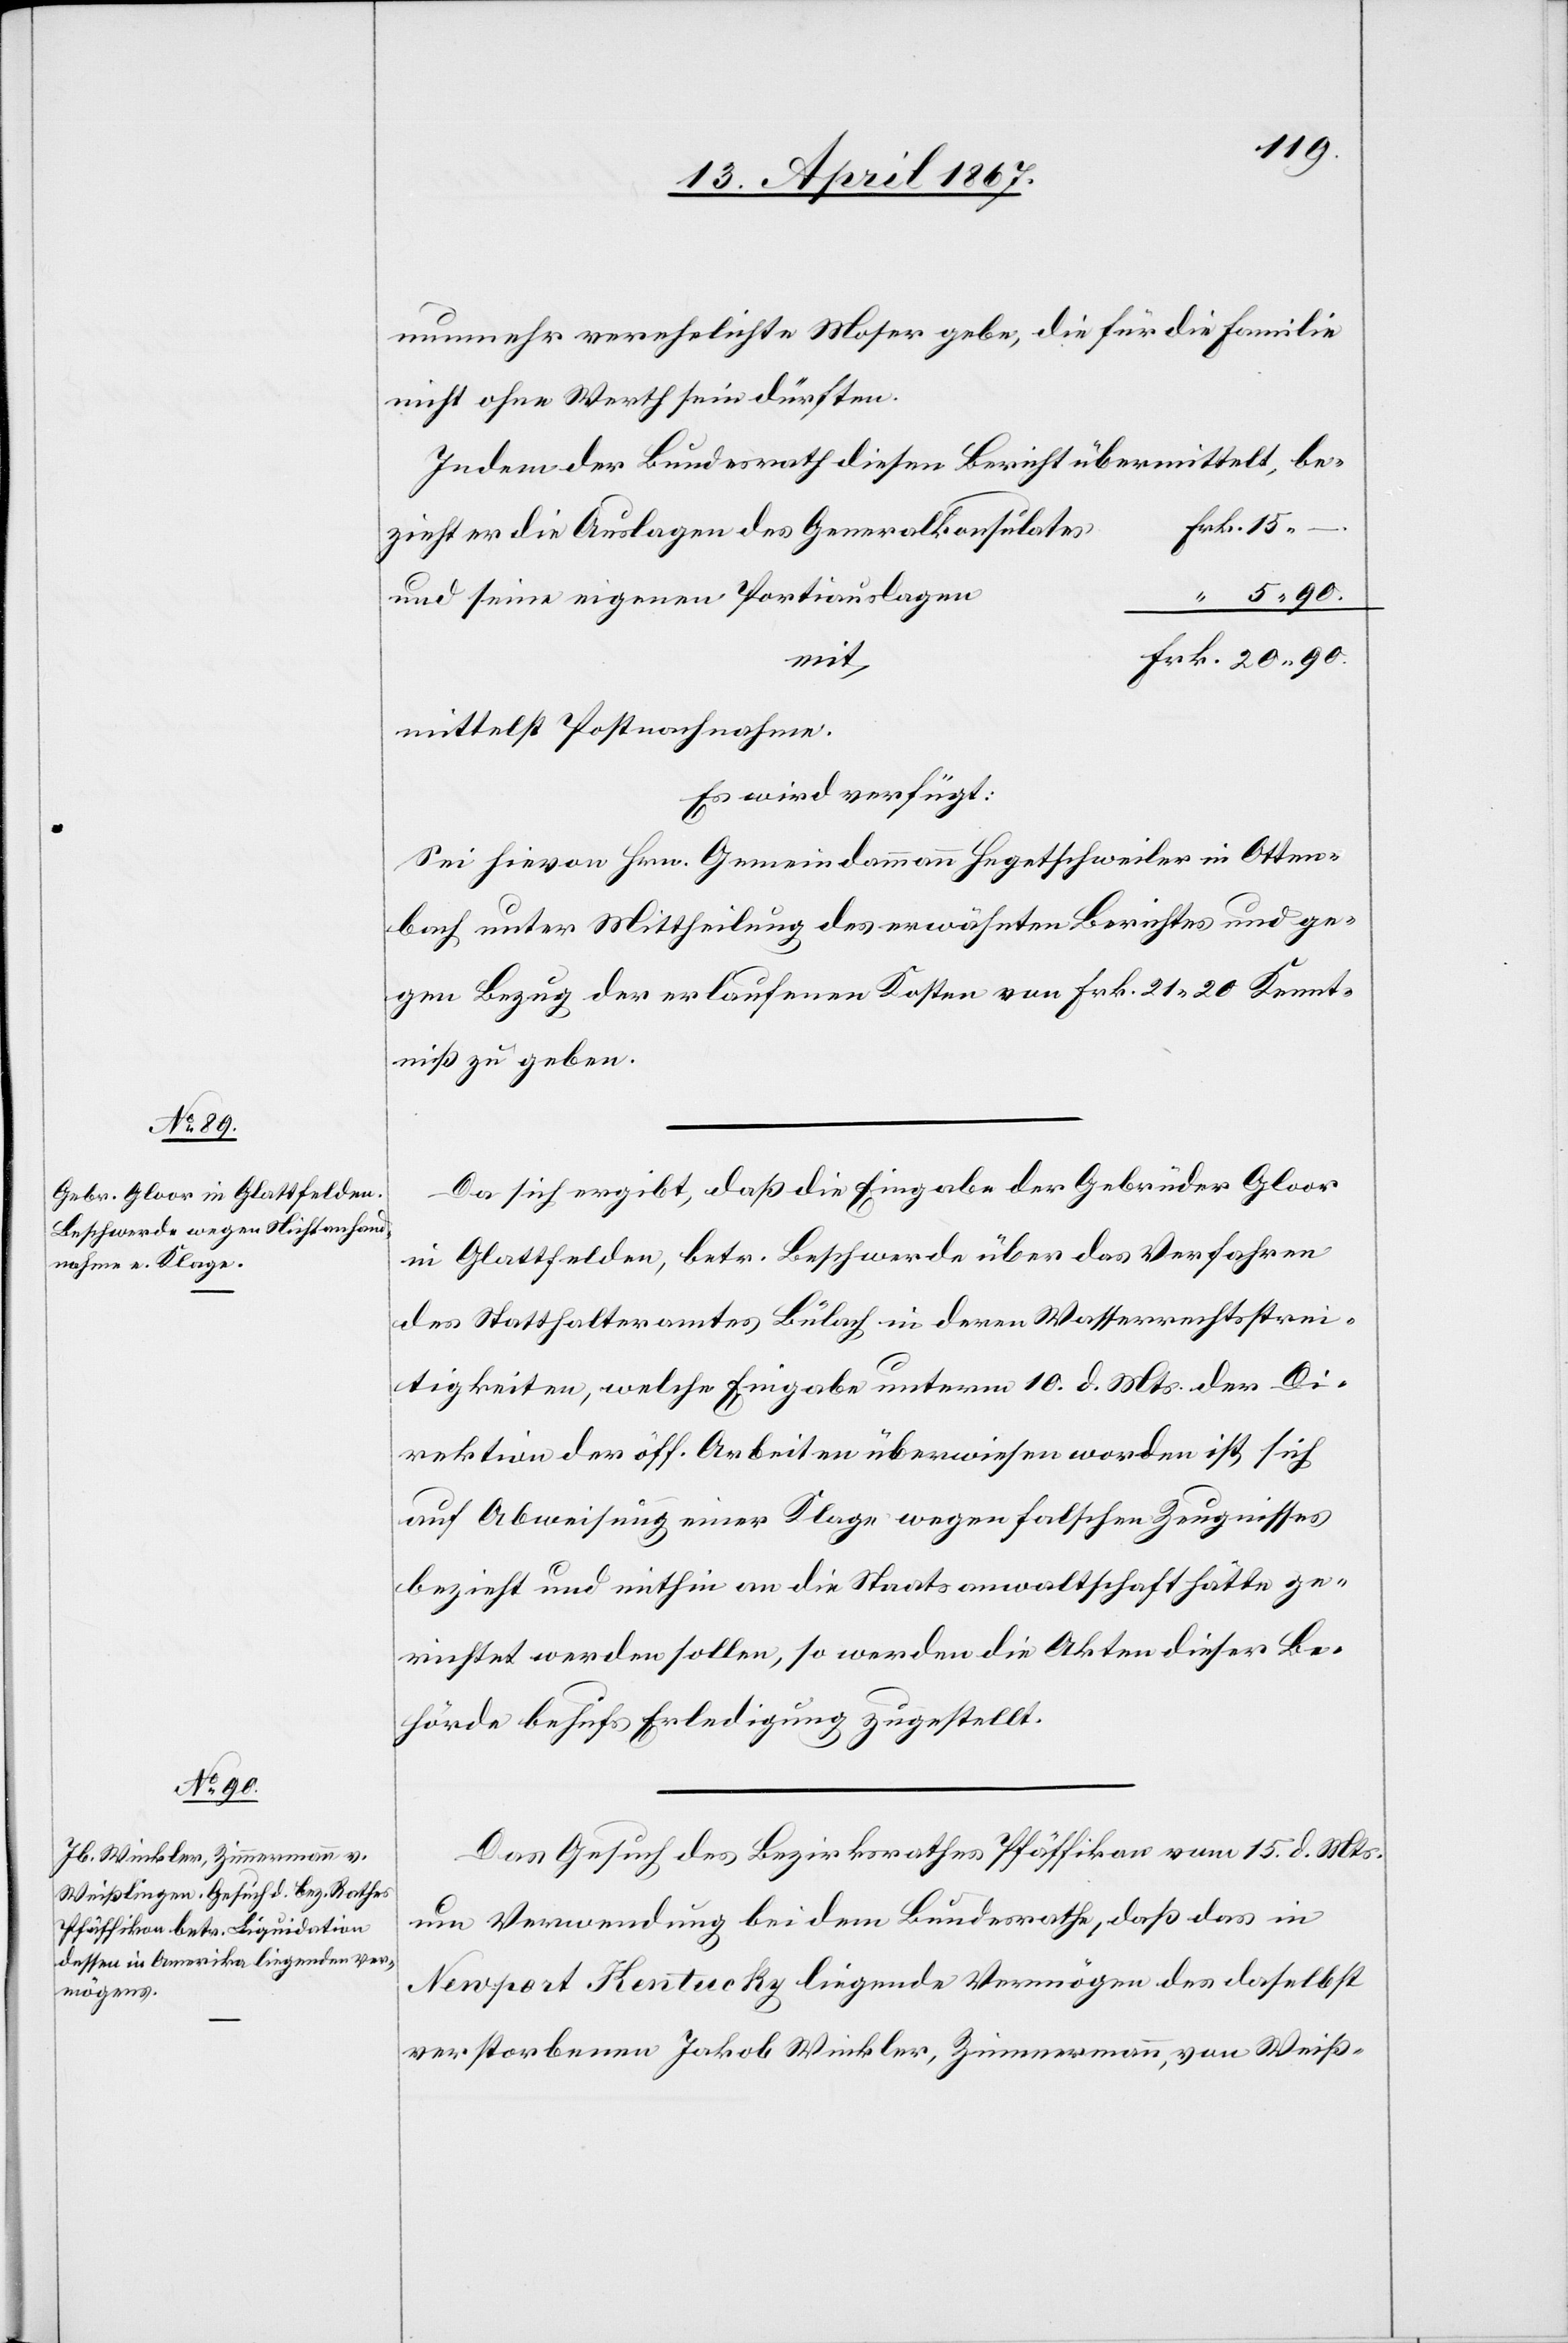
17. April 1867.]
nunmehr verehelichte Moser gebe, die für die Familie
nicht ohne Werth sein dürften.
Indem der Bundesrath diesen Bericht übermittelt, be¬
rk. 	15.
zieht er die Auslagen des Generalkonsuls	F¬
uns seine eigenen Portiauslagen
mittelst Postnachnahme.
Es wird verfügt:
Sei hievon Hrn. Gemeindammann Hegetschweiler in Otten¬
bach unter Mittheilung des erwähnten Berichtes und ge¬
gen Bezug der erlaufenen Kosten von Frk. 21. 20 Kennt¬
niß zu geben.
Da sich ergibt, daß die Eingabe der Gebrüder Gloor
in Glattfelden, betr. Beschwerde über das Verfahren
des Statthalteramtes Bülach in deren Wasserrechtsstrei¬
tigkeiten, welche Eingabe unterm 10. d. Mts. der Di¬
rektion der öff. Arbeiten überwiesen worden ist sich
auf Abweisung einer Klage wegen falschen Zeugnisses
bezieht und mithin an die Staatsanwaltschaft hätte ge¬
richtet werden sollen, so werden die Akten dieser Be¬
hörde behufs Erledigung zugestellt.
Das Gesuch des Bezirksrathes Pfäffikon vom 15. d. Mts.
um Verwendung bei dem Bundesrathe, daß das in
Newport Kentucky liegende Vermögen des daselbst
verstorbenen Jakob Winkler, Zimmermann, von Weiß-